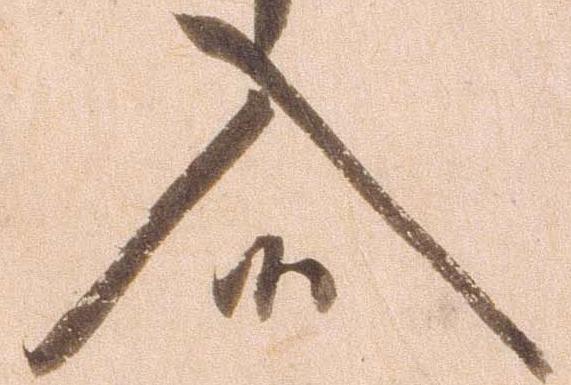
入